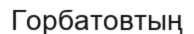
Горбатовтың